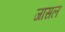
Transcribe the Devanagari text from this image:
जासल